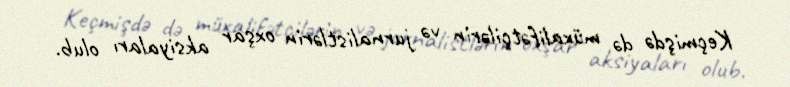
Keçmişdə də müxalifətçilərin və jurnalistlərin oxşar aksiyaları olub.